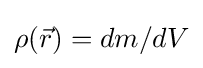
\rho ({\vec {r}})=dm/dV